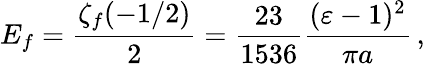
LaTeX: E_{f}=\frac{\zeta_{f}(-1/2)}{2}=\frac{23}{1536}\frac{(\varepsilon-1)^{2}}{\pi a}\, ,